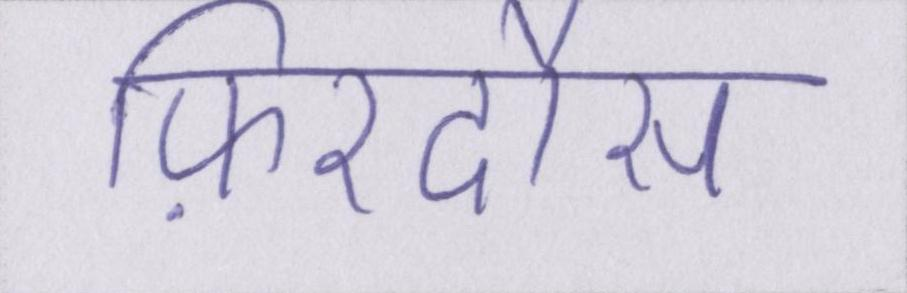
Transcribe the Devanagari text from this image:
फ़िरदौस